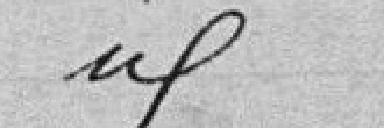
idem